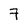
Character: 7